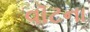
વૉટના